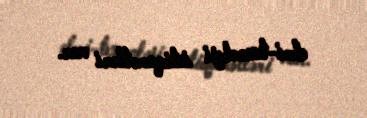
elmi-texnoloji istiqamətləri var.